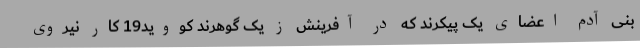
بنی آدم اعضای یک پیکرند که در آفرینش ز یک گوهرند کووید19 کار نیروی